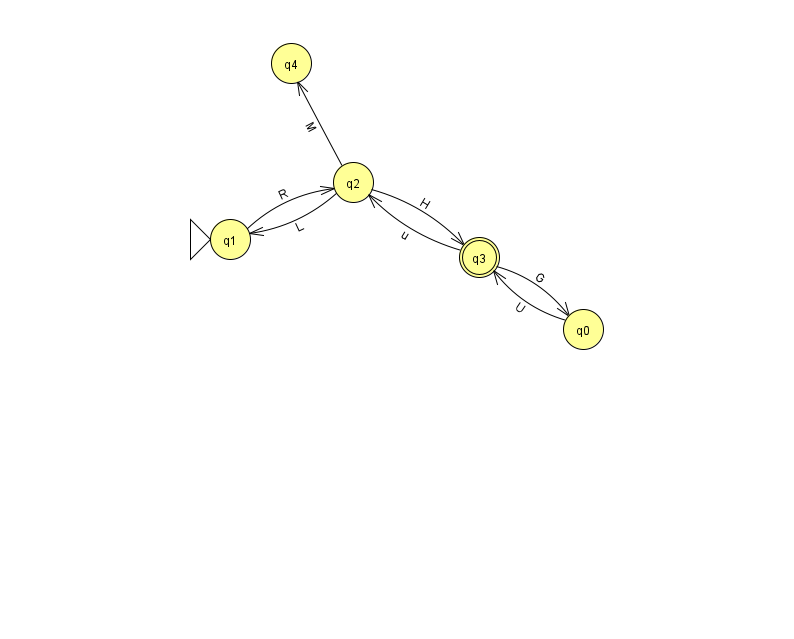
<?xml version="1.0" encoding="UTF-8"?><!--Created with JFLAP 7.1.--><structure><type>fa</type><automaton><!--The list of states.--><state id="0" name="q0"><x>583.0</x><y>316.0</y></state><state id="1" name="q1"><x>230.0</x><y>226.0</y><initial/></state><state id="2" name="q2"><x>353.0</x><y>169.0</y></state><state id="3" name="q3"><x>479.0</x><y>244.0</y><final/></state><state id="4" name="q4"><x>291.0</x><y>50.0</y></state><!--The list of transitions.--><transition><from>3</from><to>0</to><read>G</read></transition><transition><from>0</from><to>3</to><read>U</read></transition><transition><from>2</from><to>1</to><read>L</read></transition><transition><from>2</from><to>4</to><read>M</read></transition><transition><from>3</from><to>2</to><read>u</read></transition><transition><from>2</from><to>3</to><read>H</read></transition><transition><from>1</from><to>2</to><read>R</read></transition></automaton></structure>